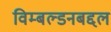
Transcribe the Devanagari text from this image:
विम्बल्डनबद्दल